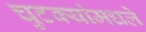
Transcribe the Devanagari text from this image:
चुटक्यांमधले